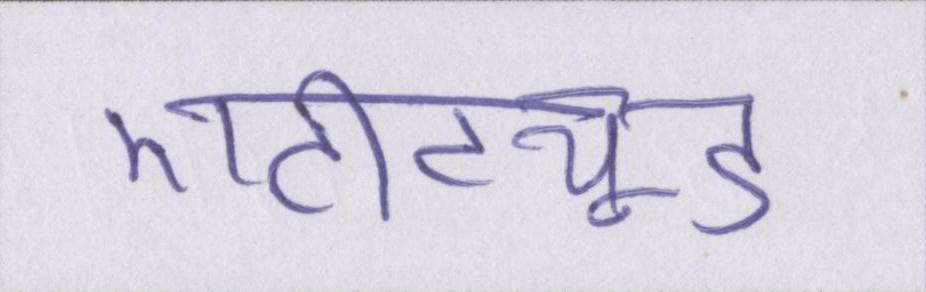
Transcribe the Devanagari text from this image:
एटीट्यूड